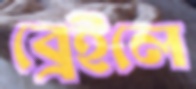
ব্রেইলে